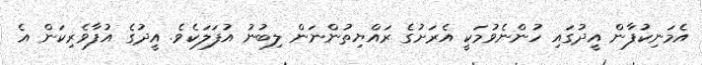
އެމަނިކުފާން އީދުގައި ހުންނެވުމަކީ އެރަށުގެ ރައްޔިތުންނަން ލިބުނު އުފަލަކެވެ. އީދުގެ އުފާވެރިކަން އެ